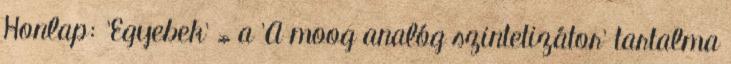
Honlap: 'Egyebek' » a 'A moog analóg szintetizátor' tartalma